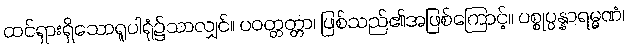
ထင်ရှားရှိသောရူပါရုံ၌သာလျှင်။ ပဝတ္တတ္တာ၊ ဖြစ်သည်၏အဖြစ်ကြောင့်။ ပစ္စုပ္ပန္နာရမ္မဏံ၊